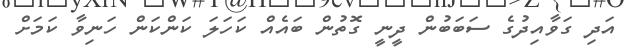
އަދި ގަވާއިދުގެ ސަބަބުން ދީނީ ގޮތުން ބައެއް ކަހަލަ ކަންކަން ހަނިވާ ކަމަށް